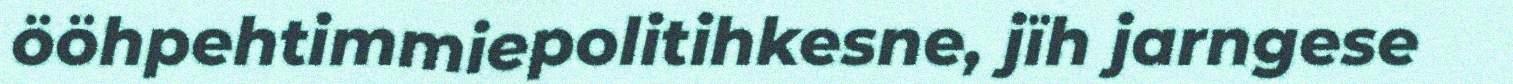
ööhpehtimmiepolitihkesne, jïh jarngese